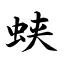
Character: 蛱